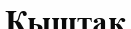
Кыштак